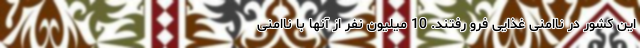
این کشور در ناامنی غذایی فرو رفتند. 10 میلیون نفر از آنها با ناامنی